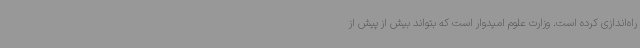
راه‌اندازی کرده است. وزارت علوم امیدوار است که بتواند بیش از پیش از